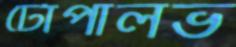
টোপালভ